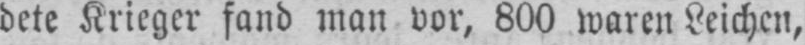
dete Krieger fand man vor, 800 waren Leichen,